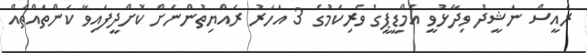
ރައީސް ނަޝީދު ވިދާޅުވީ އެމްޑީޕީގެ ވެރިކަމުގެ 3 އަހަރު ރައްޔިތުންނަށް ކޮށްދީފައިވާ ކަންތައްތައް